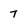
Character: 7